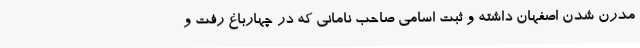
مدرن شدن اصفهان داشته و ثبت اسامی صاحب نامانی که در چهارباغ رفت‌ و